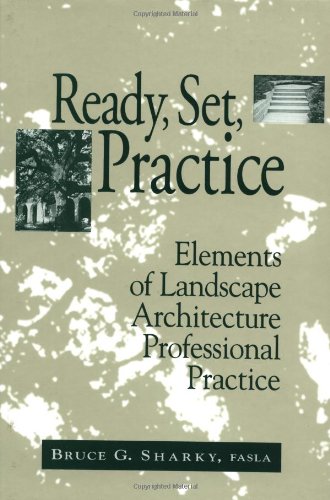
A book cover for Ready, Set, Practice: Elements of Landscape Architecture Professional Practice; Bruce G. Sharky; Arts & Photography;